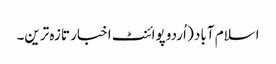
اسلام آباد ( اُردو پوائنٹ اخبار تازہ ترین۔